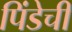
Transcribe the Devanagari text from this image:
पिंडेची